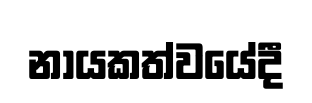
නායකත්වයේදී